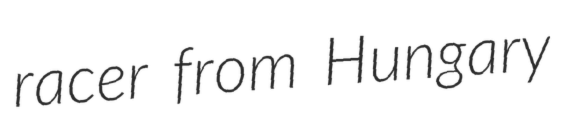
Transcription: racer from Hungary